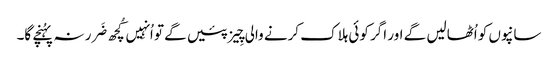
سانپوں کو اُٹھالیں گے اور اگر کوئی ہلاک کرنے والی چِیز پئیں گے تو اُنہِیں کُچھ ضَرر نہ پہُنچے گا۔